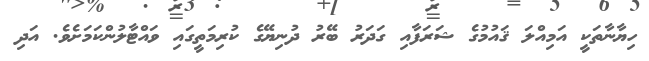
ހިޔާނާތަކީ އަމިއްލަ ޤައުމުގެ ޝަރަފާއި ގަދަރު ބޭރު ދުނިޔޭގެ ކުރިމަތީގައި ވައްޓާލުންކަމަށެވެ. އަދި